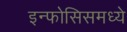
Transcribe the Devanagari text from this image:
इन्फोसिसमध्ये